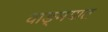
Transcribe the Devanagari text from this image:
वाङ्‍मयात